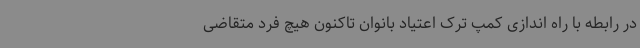
در رابطه با راه اندازی کمپ ترک اعتیاد بانوان تاکنون هیچ فرد متقاضی